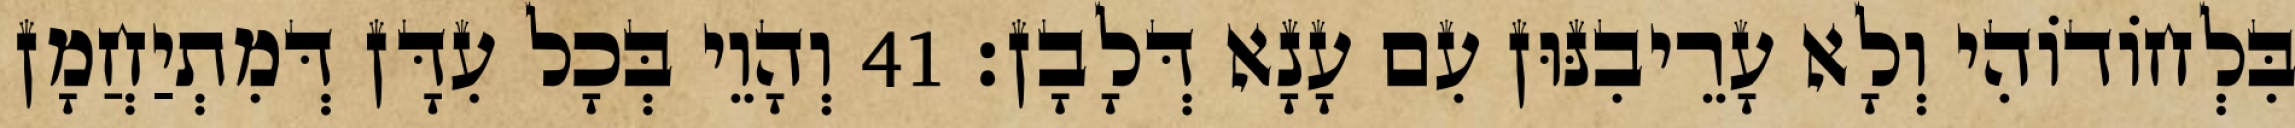
בִּלְחוֹדוֹהִי וְלָא עָרֵיבִנּוּן עִם עָנָא דְּלָבָן׃ 41 וְהָוֵי בְּכָל עִדָּן דְּמִתְיַחֲמָן